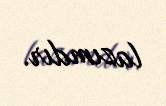
lazımdır.